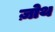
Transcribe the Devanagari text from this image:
ज़ोथ